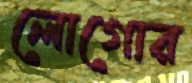
লোগোর